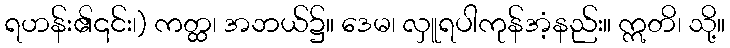
ရဟန်း၏၎င်း၊) ကတ္ထ၊ အဘယ်၌။ ဒေမ၊ လှူရပါကုန်အံ့နည်း။ ဣတိ၊ သို့။